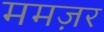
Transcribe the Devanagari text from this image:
ममज़र